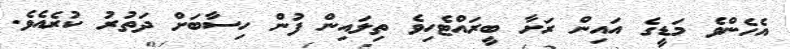
އެހެންވެ މަޑީގެ އައިން ރަށާ ބީރައްޓެހިވެ ތިލައިން ފުން ހިސާބަށް ދަތުރު ކުރެއެވެ.